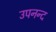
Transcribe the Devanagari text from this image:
उपनन्द